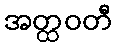
အတ္ထဝတီ